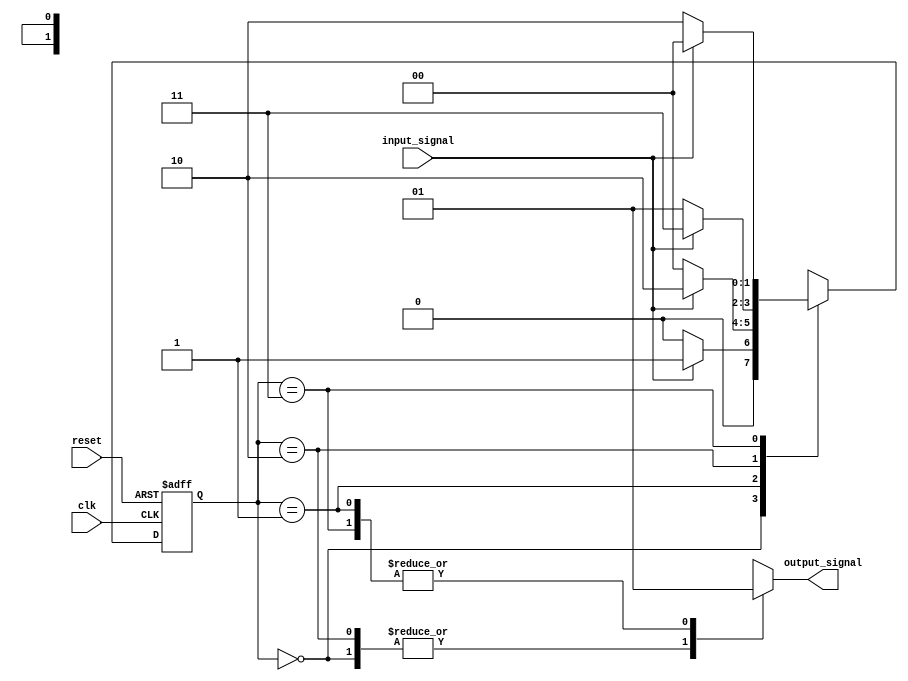
module mealy_fsm (
    input wire clk,            // Clock signal
    input wire reset,          // Reset signal
    input wire input_signal,   // Input signal for state transitions
    output reg output_signal    // Output signal
);

    // State encoding
    parameter S0 = 2'b00, // State 0
              S1 = 2'b01, // State 1
              S2 = 2'b10, // State 2
              S3 = 2'b11; // State 3

    reg [1:0] current_state; // Current state register
    reg [1:0] next_state;    // Next state

    // State transition logic
    always @(*) begin
        case (current_state)
            S0: begin
                if (input_signal) 
                    next_state = S1; 
                else 
                    next_state = S0; 
                output_signal = 0; // Output for state S0
            end
            S1: begin
                if (input_signal) 
                    next_state = S2; 
                else 
                    next_state = S0; 
                output_signal = 1; // Output for state S1
            end
            S2: begin
                if (input_signal) 
                    next_state = S3; 
                else 
                    next_state = S1; 
                output_signal = 0; // Output for state S2
            end
            S3: begin
                if (input_signal) 
                    next_state = S0; 
                else 
                    next_state = S2; 
                output_signal = 1; // Output for state S3
            end
            default: begin
                next_state = S0; 
                output_signal = 0; // Default output
            end
        endcase
    end

    // State update logic
    always @(posedge clk or posedge reset) begin
        if (reset) begin
            current_state <= S0; // Reset to initial state
        end else begin
            current_state <= next_state; // Update to next state
        end
    end

endmodule